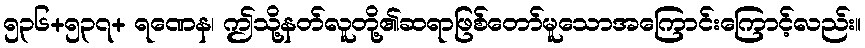
၅၃၆+၅၃၇+ ရဏေန၊ ဤသို့နတ်လူတို့၏ဆရာဖြစ်တော်မူသောအကြောင်းကြောင့်လည်း။